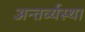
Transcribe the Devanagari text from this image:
अन्तर्व्यस्था